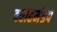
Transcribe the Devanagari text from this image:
वराहमंडप